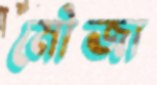
মৌজা